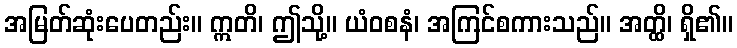
အမြတ်ဆုံးပေတည်း။ ဣတိ၊ ဤသို့။ ယံဝစနံ၊ အကြင်စကားသည်။ အတ္ထိ၊ ရှိ၏။